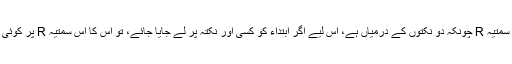
یہ بھی دیکھو کہ سمتیہ R چونکہ دو نکتوں کے درمیاں ہے، اس لیے اگر ابتداء کو کسی اور نکتہ پر لے جایا جائے، تو اس کا اس سمتیہ R پر کوئی اثر نہیں پڑے گا۔